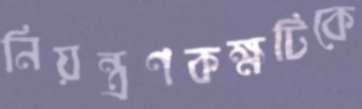
নিয়ন্ত্রণকক্ষটিকে